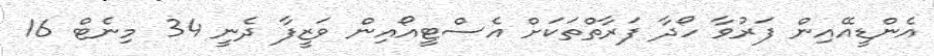
އެންޑީއޭއިން ފަރުވާ ހޯދާ ފަރާތްތަކަށް އެސްޓީއޯއިން ވަޒީފާ ދެނީ 34 މިނެޓް 16